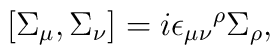
\left[\Sigma_{\mu},\Sigma_{\nu}\right] =               i{\epsilon_{\mu \nu}}^\rho \Sigma_\rho,